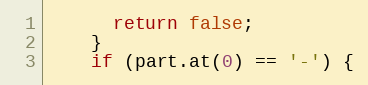
Language: C
      return false;
    }
    if (part.at(0) == '-') {